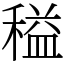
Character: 䅬